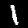
Label: 1